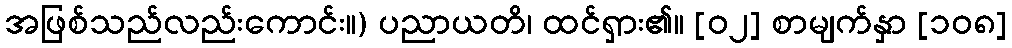
အဖြစ်သည်လည်းကောင်း။) ပညာယတိ၊ ထင်ရှား၏။ [၀၂] စာမျက်နှာ [၁၀၈]